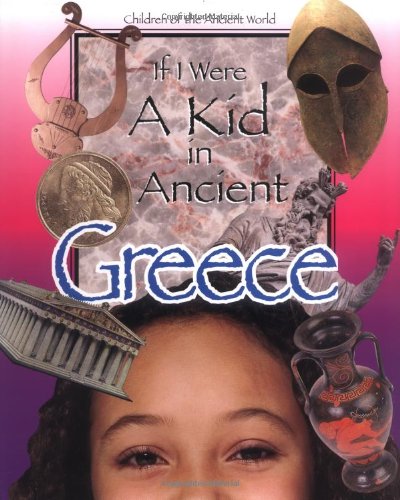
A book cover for If I Were a Kid in Ancient Greece: Children of the Ancient World; Cobblestone Publishing; Children's Books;